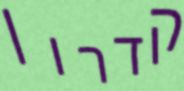
קדרון